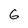
Character: 6